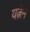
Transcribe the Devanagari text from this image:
यत्नेन